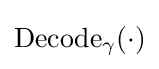
{\textrm {Decode}}_{\gamma }(\cdot )